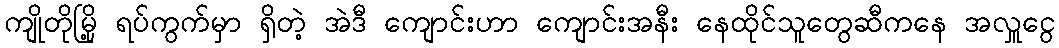
ကျိုတိုမြို့ ရပ်ကွက်မှာ ရှိတဲ့ အဲဒီ ကျောင်းဟာ ကျောင်းအနီး နေထိုင်သူတွေဆီကနေ အလှူငွေ